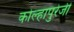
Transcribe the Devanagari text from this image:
कोल्हापुरेजी